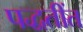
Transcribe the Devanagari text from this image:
पद्धतींत